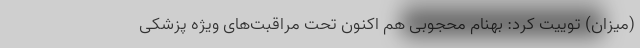
(میزان) توییت کرد: بهنام محجوبی هم اکنون تحت مراقبت‌های ویژه پزشکی